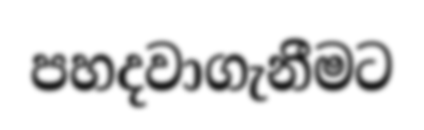
පහදවාගැනීමට